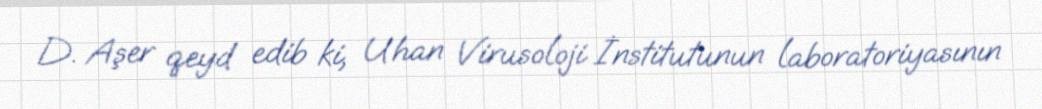
D. Aşer qeyd edib ki, Uhan Virusoloji İnstitutunun laboratoriyasının